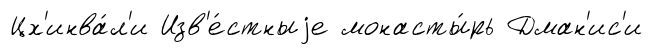
Цх'инва́л'и Изв'е́стныjе монасты́рь Дман'ис'и